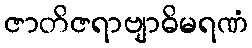
ဇာတိဇရာဗျာဓိမရဏံ